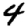
Digit: 4